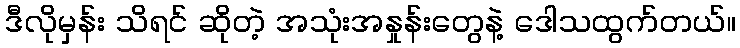
ဒီလိုမှန်း သိရင် ဆိုတဲ့ အသုံးအနှုန်းတွေနဲ့ ဒေါသထွက်တယ်။